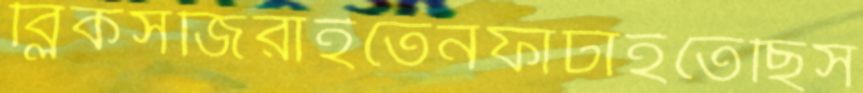
ব্লিকসজিরাইতেনফাটাইতেছিস